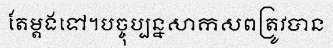
តែម្តងទៅ។បច្ចុប្បន្នសាកសពត្រូវបាន